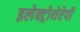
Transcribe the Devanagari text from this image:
इलेक्ट्रोथेरेपी